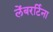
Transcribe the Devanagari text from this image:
लेंबरर्टिना